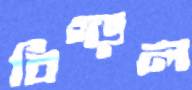
বিগ্‌ড়ল